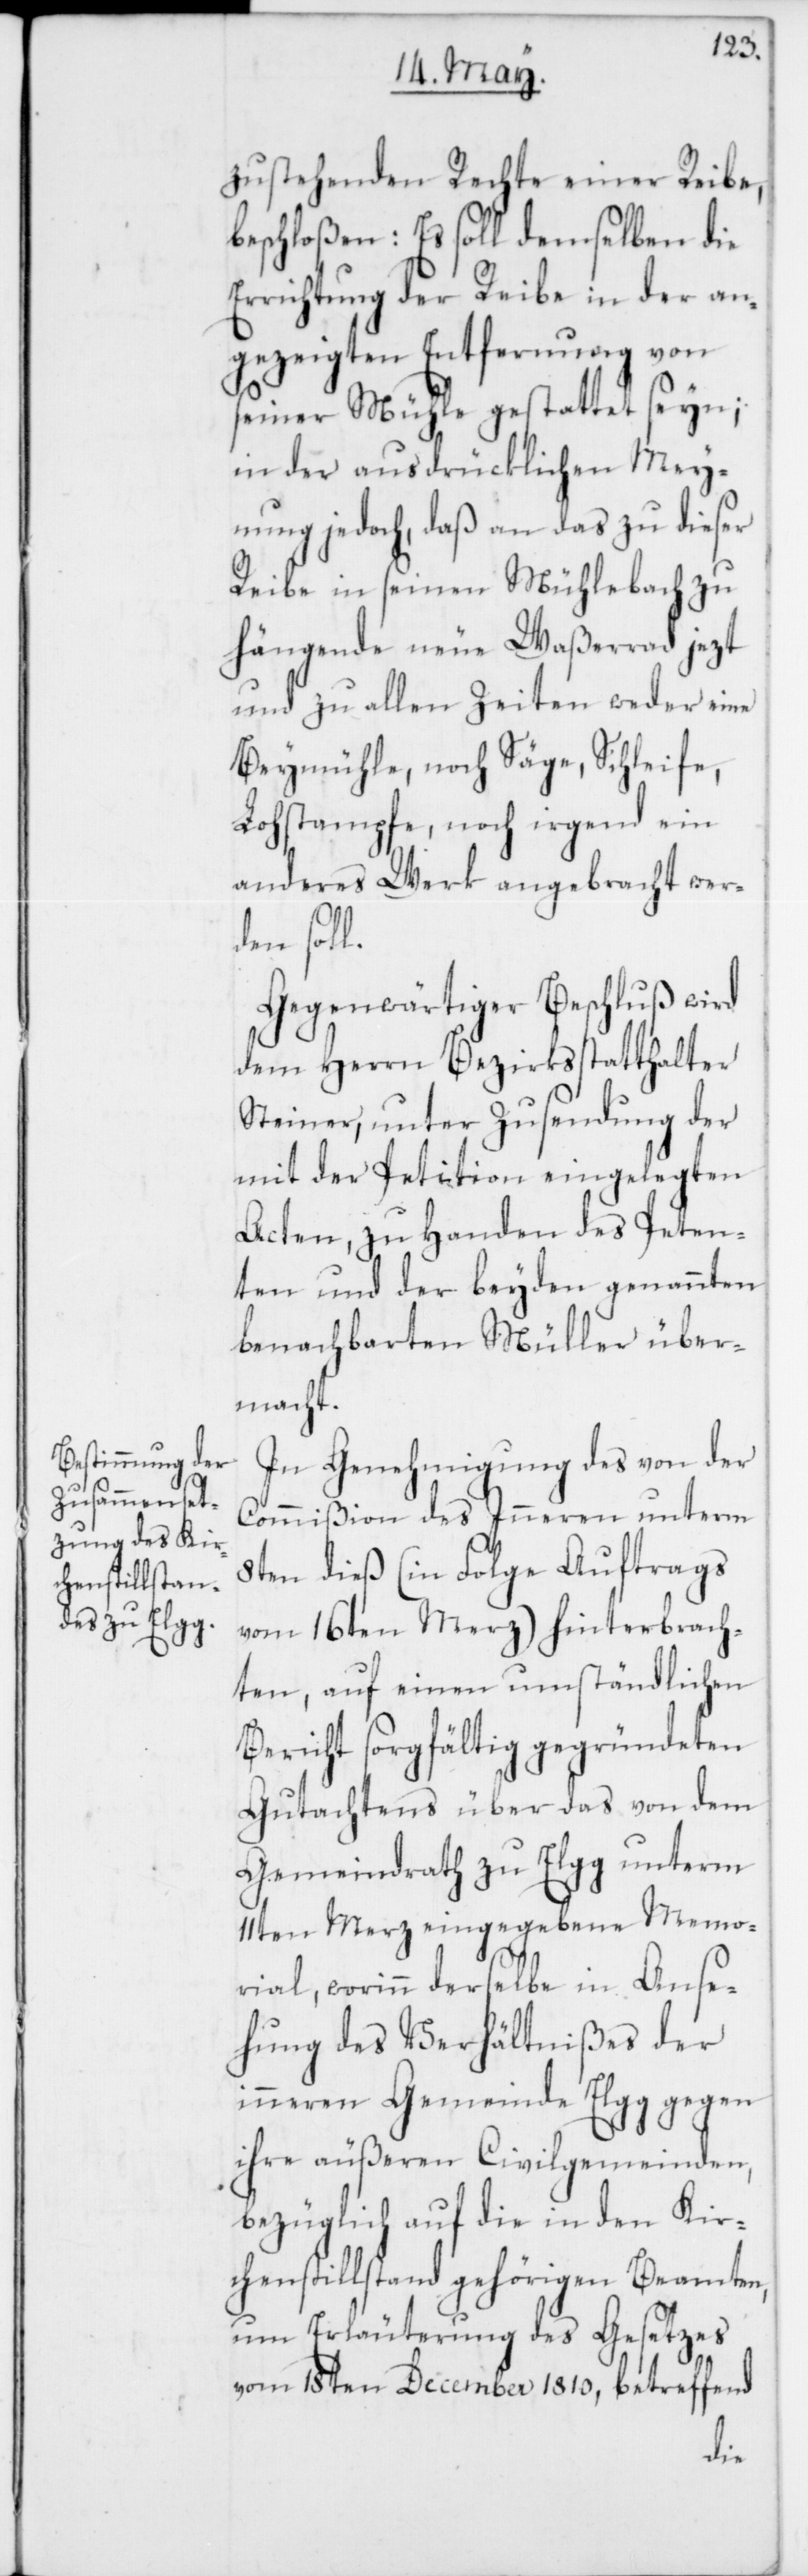
zustehenden Rechte einer Reibe,
beschloßen: Es soll demselben die
Errichtung der Reibe in der an¬
gezeigten Entfernung von
seiner Mühle gestattet seyn;
in der ausdrücklichen Mey¬
nung jedoch, daß an das zu dieser
Reibe in seinen Mühlebach zu
hängende neue Waßerrad jezt
und zu allen Zeiten weder eine
Beymühle, noch Säge, Schleife,
Lohstampfe, noch irgend ein
anderes Werk angebracht wer¬
den soll.
Gegenwärtiger Beschluß wird
dem Herrn Bezirksstatthalter
Steiner, unter Zusendung der
mit der Petition eingelegten
Acten, zu Handen des Peten¬
ten und der beyden genannten
benachbarten Müller über¬
macht.
In Genehmigung des von der
Commißion des Inneren unterm
8ten dieß (in Folge Auftrags
vom 16ten Merz) hinterbrach¬
ten, auf einen umständlichen
Bericht sorgfältig gegründeten
Gutachtens über das von dem
Gemeindrath zu Elgg unterm
11ten Merz eingegebene Memo¬
rial, worinn derselbe in Anse¬
hung des Verhältnißes der
inneren Gemeinde Elgg gegen
ihre äußeren Civilgemeinden,
bezüglich auf die in den Kir¬
chenstillstand gehörigen Beamten,
um Erläuterung des Gesetzes
vom 18ten December 1810, betreffend